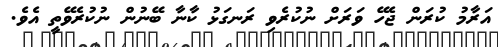
އަރާމު ކުރަން ޖެހޭ ވަރަށް ނުކުރެވި ރަނގަޅު ކާނާ ބޭނުން ނުކުރެވޭތީ އެވެ.